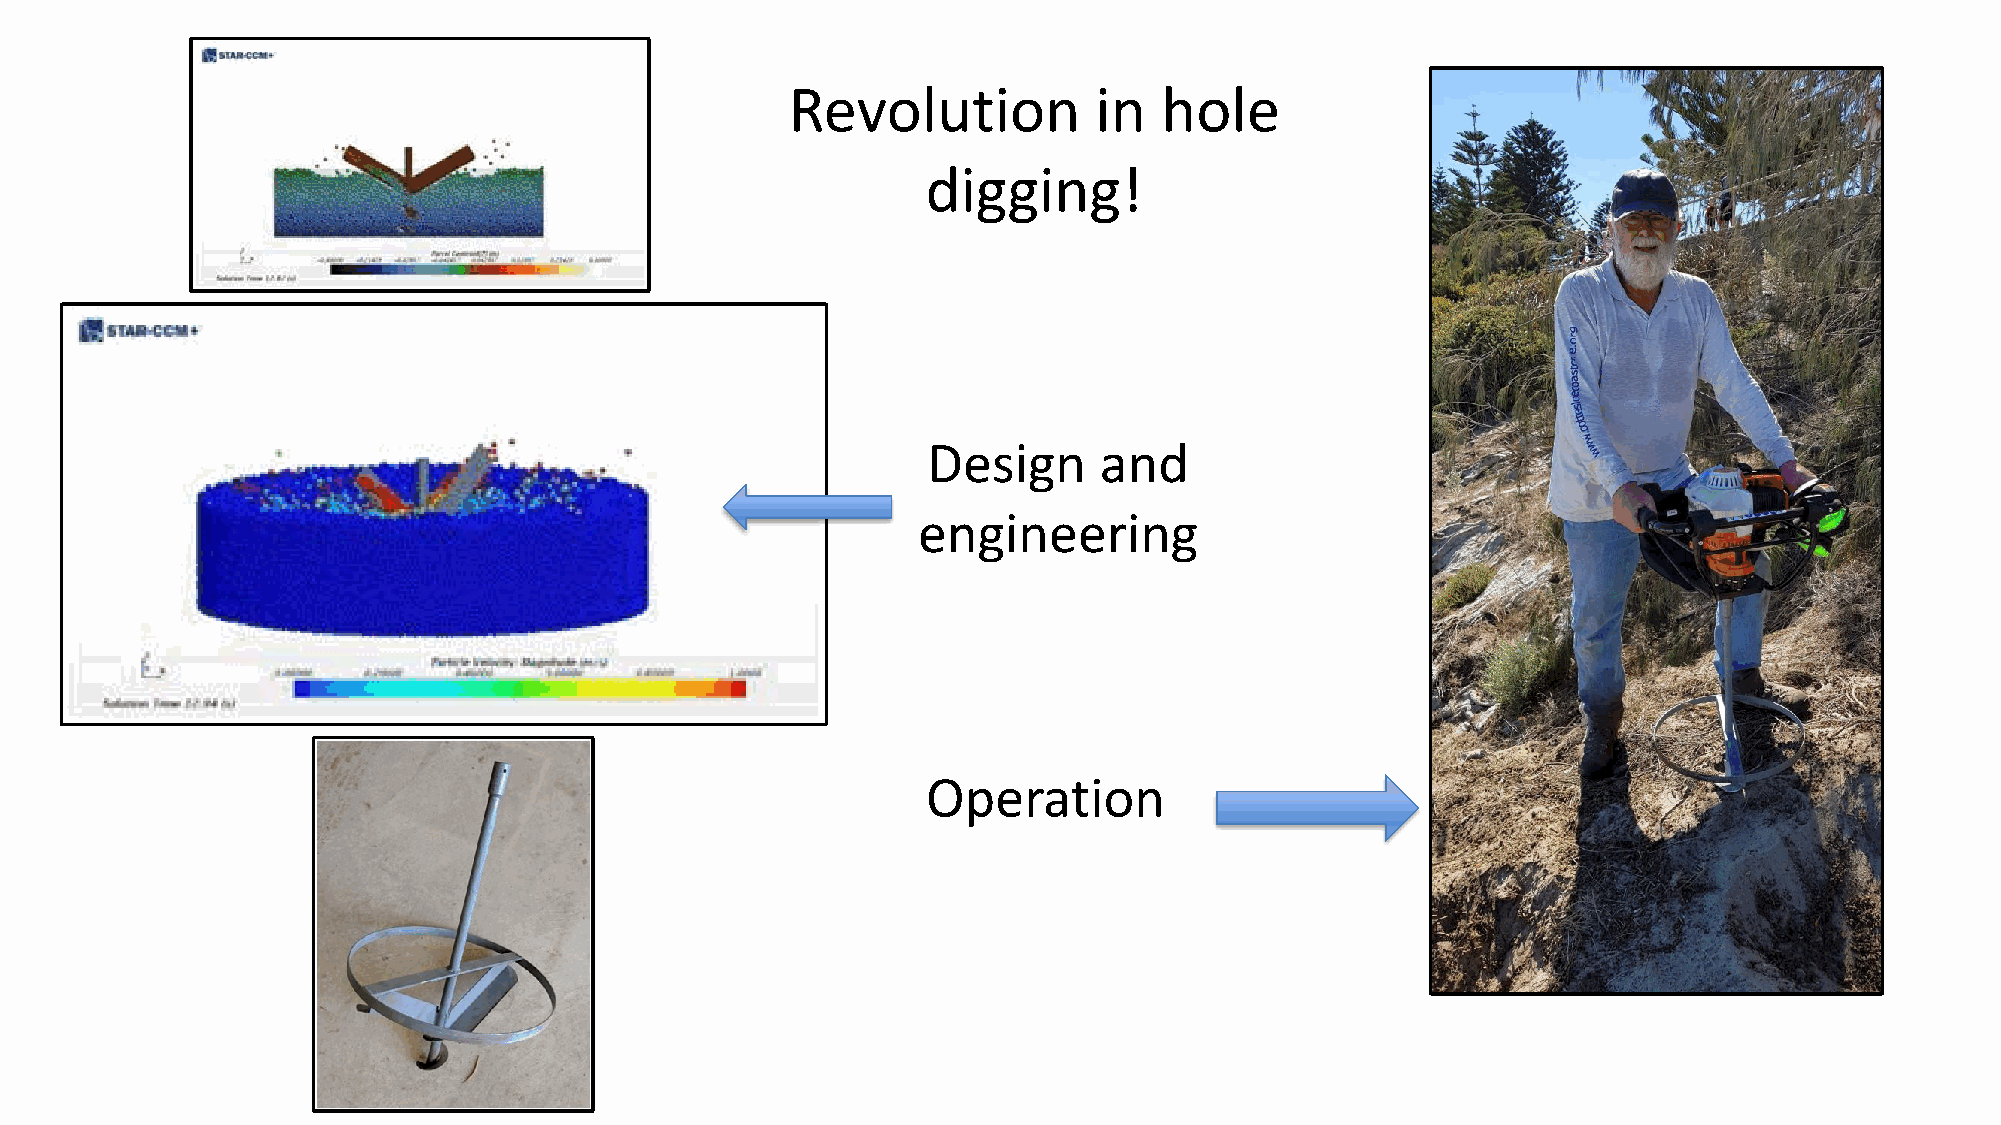
Revolution          in   hole
 digging!
 Design      and
 engineering
 Operation